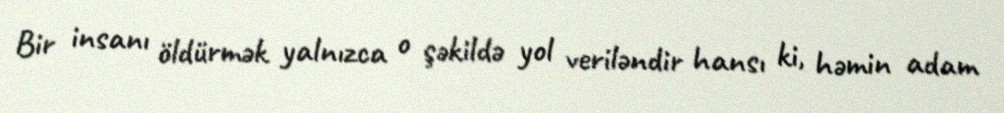
Bir insanı öldürmək yalnızca o şəkildə yol veriləndir hansı ki, həmin adam